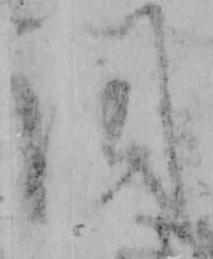
聞